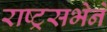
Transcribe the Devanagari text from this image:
राष्ट्रसभेने